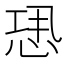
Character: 𢙷